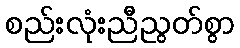
စည်းလုံးညီညွတ်စွာ